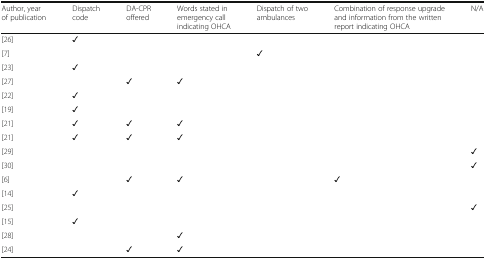
<table><thead><tr><td><b>Author, year of publication</b></td><td><b>Dispatch code</b></td><td><b>DA-CPR offered</b></td><td><b>Words stated in emergency call indicating OHCA</b></td><td><b>Dispatch of two ambulances</b></td><td><b>Combination of response upgrade and information from the written report indicating OHCA</b></td><td><b>N/A</b></td></tr></thead><tbody><tr><td>[26]</td><td>✓</td><td></td><td></td><td></td><td></td><td></td></tr><tr><td>[7]</td><td></td><td></td><td></td><td>✓</td><td></td><td></td></tr><tr><td>[23]</td><td>✓</td><td></td><td></td><td></td><td></td><td></td></tr><tr><td>[27]</td><td></td><td>✓</td><td>✓</td><td></td><td></td><td></td></tr><tr><td>[22]</td><td>✓</td><td></td><td></td><td></td><td></td><td></td></tr><tr><td>[19]</td><td>✓</td><td></td><td></td><td></td><td></td><td></td></tr><tr><td>[21]</td><td>✓</td><td>✓</td><td>✓</td><td></td><td></td><td></td></tr><tr><td>[21]</td><td>✓</td><td>✓</td><td>✓</td><td></td><td></td><td></td></tr><tr><td>[29]</td><td></td><td></td><td></td><td></td><td></td><td>✓</td></tr><tr><td>[30]</td><td></td><td></td><td></td><td></td><td></td><td>✓</td></tr><tr><td>[6]</td><td></td><td>✓</td><td>✓</td><td></td><td>✓</td><td></td></tr><tr><td>[14]</td><td>✓</td><td></td><td></td><td></td><td></td><td></td></tr><tr><td>[25]</td><td></td><td></td><td></td><td></td><td></td><td>✓</td></tr><tr><td>[15]</td><td>✓</td><td></td><td></td><td></td><td></td><td></td></tr><tr><td>[28]</td><td></td><td></td><td>✓</td><td></td><td></td><td></td></tr><tr><td>[24]</td><td></td><td>✓</td><td>✓</td><td></td><td></td><td></td></tr></tbody></table>